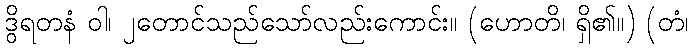
ဒွိရတနံ ဝါ၊ ၂တောင်သည်သော်လည်းကောင်း။ (ဟောတိ၊ ရှိ၏။) (တံ၊